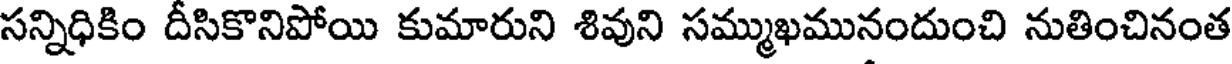
సన్నిధికిం దీసికొనిపోయి కుమారుని శివుని సమ్ముఖమునందుంచి నుతించినంత